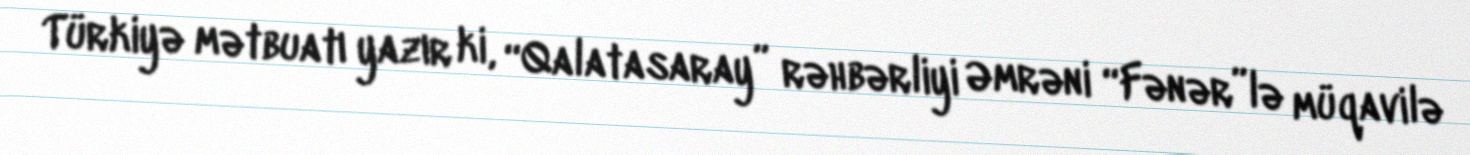
Türkiyə mətbuatı yazır ki, “Qalatasaray” rəhbərliyi Əmrəni “Fənər”lə müqavilə